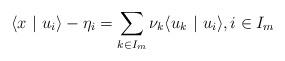
LaTeX: \begin{align*}\langle x \ |\ u_i \rangle - \eta_i = \sum_{k\in I_m} {\nu}_k \langle u_k \ |\ u_i \rangle,i \in I_m\end{align*}